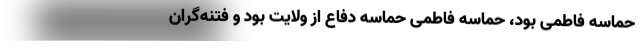
حماسه فاطمی بود، حماسه فاطمی حماسه دفاع از ولایت بود و فتنه‌گران